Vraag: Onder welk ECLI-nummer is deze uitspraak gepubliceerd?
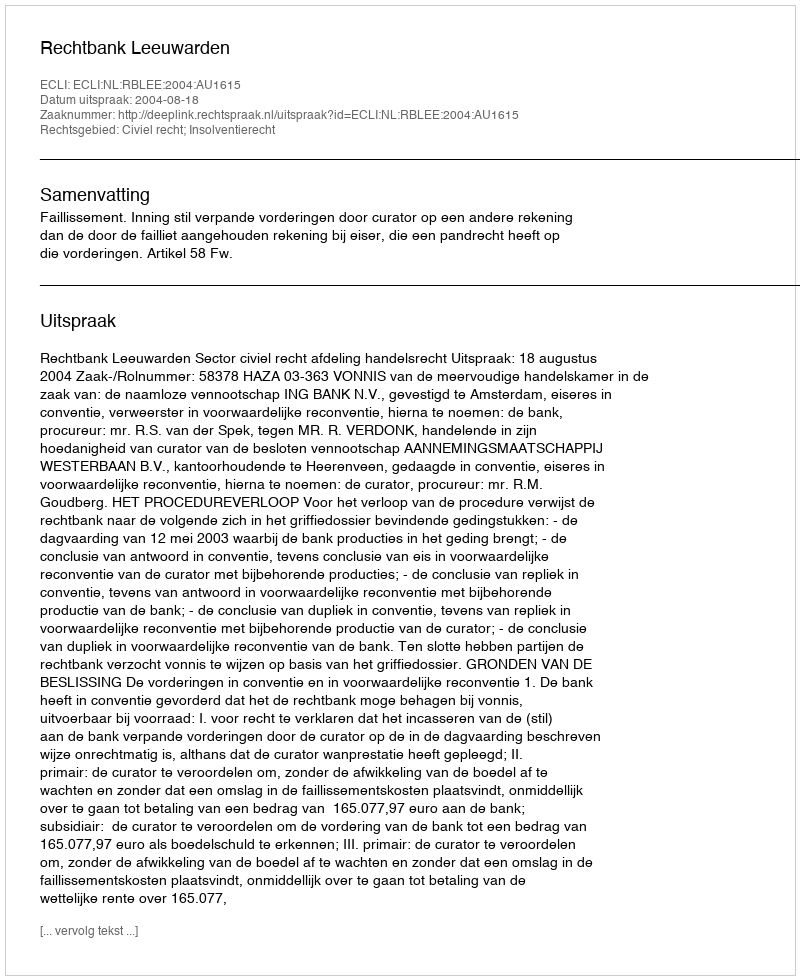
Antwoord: ECLI:NL:RBLEE:2004:AU1615